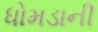
ધોમડાની